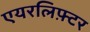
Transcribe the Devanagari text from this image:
एयरलिफ़्टर